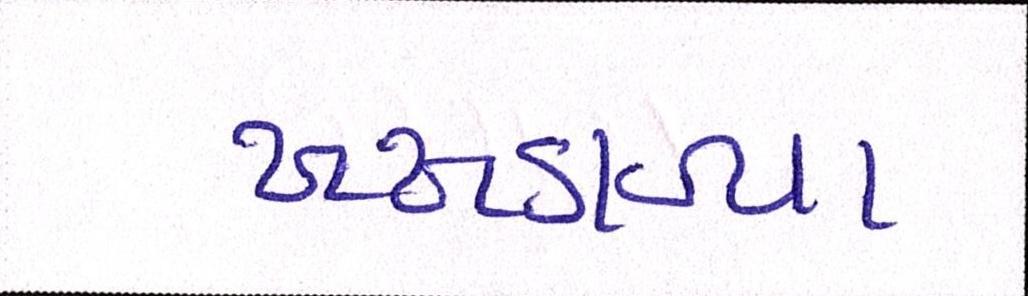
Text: ખખડાવ્યા